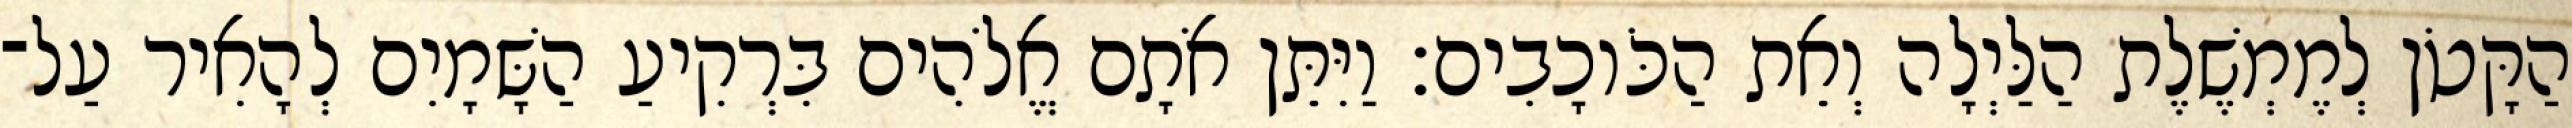
הַקָּטֹן לְמֶמְשֶׁלֶת הַלַּיְלָה וְאֵת הַכֹּוכָבִים׃ וַיִּתֵּן אֹתָם אֱלֹהִים בִּרְקִיעַ הַשָּׁמָיִם לְהָאִיר עַל־